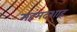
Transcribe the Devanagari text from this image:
महंमदशाह